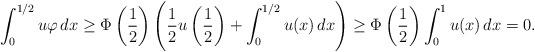
LaTeX: \begin{align*}\int_0^{1/2}u\varphi \,dx\ge\Phi\left(\frac{1}{2}\right)\left(\frac{1}{2}u\left(\frac{1}{2}\right)+\int_0^{1/2}u(x)\,dx\right)\ge\Phi\left(\frac{1}{2}\right)\int_0^1u(x)\,dx=0.\end{align*}